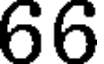
66